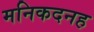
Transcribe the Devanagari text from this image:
मनिकदनह